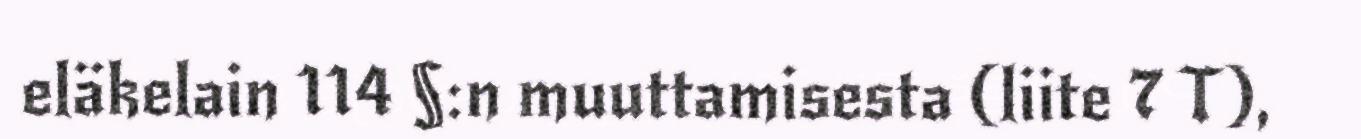
eläkelain 114 §:n muuttamisesta (liite 7 T),